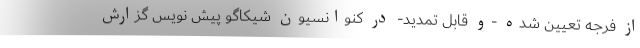
از فرجه تعیین شده -و قابل تمدید- در کنوانسیون شیکاگو پیش نویس گزارش